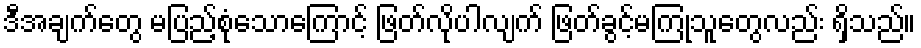
ဒီအချက်တွေ မပြည့်စုံသောကြောင့် ဖြတ်လိုပါလျက် ဖြတ်ခွင့်မကြုံသူတွေလည်း ရှိသည်။